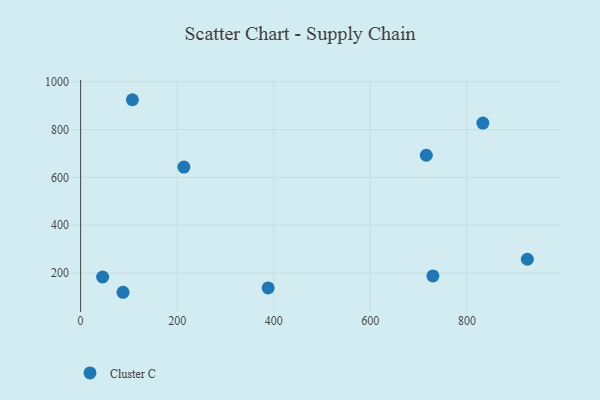
{"axis": {"x": "Ad Spend", "y": "Salary"}, "legend": ["Cluster C"], "data": [{"x": "107.2", "y": 924.9, "type": "Cluster C"}, {"x": "388.4", "y": 137.1, "type": "Cluster C"}, {"x": "925.2", "y": 257.4, "type": "Cluster C"}, {"x": "729.6", "y": 187.4, "type": "Cluster C"}, {"x": "213.9", "y": 643.2, "type": "Cluster C"}, {"x": "87.9", "y": 119.1, "type": "Cluster C"}, {"x": "833.0", "y": 827.0, "type": "Cluster C"}, {"x": "45.6", "y": 183.0, "type": "Cluster C"}, {"x": "715.9", "y": 692.6, "type": "Cluster C"}]}